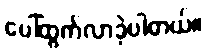
ပေါ်ထွက်လာခဲ့ပါတယ်။